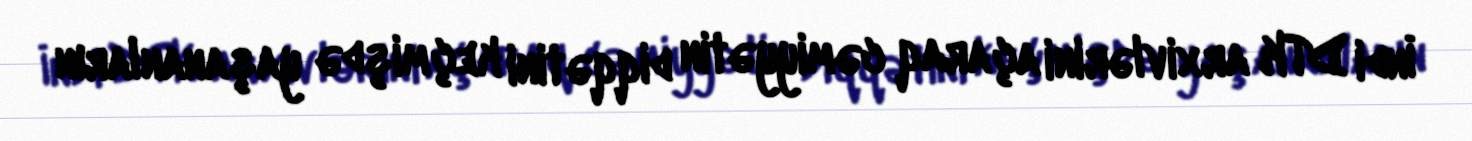
İndi DTK arxivlərini açaraq cəmiyyətin diqqətini keçmişdə yaşananların